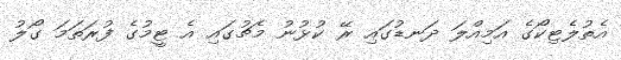
އެތުލެޓިކޯގެ އަމިއްލަ ދަނޑުގައި ރޭ ކުޅުނު މެޗުގައި އެ ޓީމުގެ ފުރަތަމަ ގޯލު